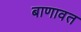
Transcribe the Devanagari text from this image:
बाणावत